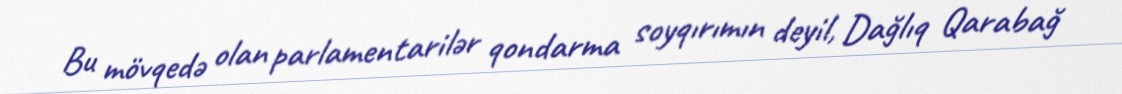
Bu mövqedə olan parlamentarilər qondarma soyqırımın deyil, Dağlıq Qarabağ